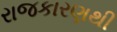
રાજકારણથી